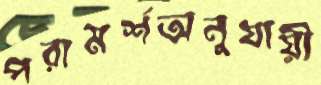
পরামর্শঅনুযায়ী